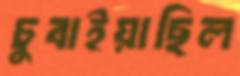
চুবাইয়াছিল